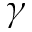
\gamma